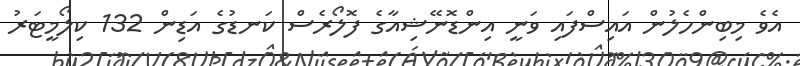
އެވެ މިބިންހެލުން އައިސްފައި ވަނީ އިންޑޮނޭޝިއާގެ ފޮލޯރެސް ކަނޑުގެ އަޑިން 132 ކިލޯމީޓަރު